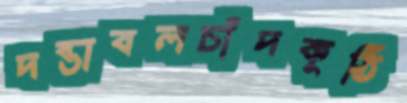
দন্তাবলচাঁদকুঠি